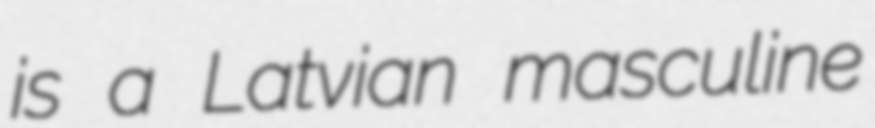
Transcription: is a Latvian masculine